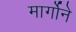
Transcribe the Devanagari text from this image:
मार्गोने